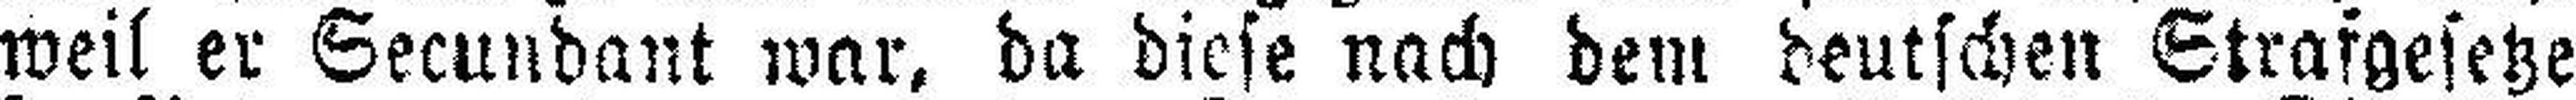
weil er Secundant war, da diese nach dem deutschen Strafgesetze